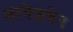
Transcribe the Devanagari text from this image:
आवेल्लदेव